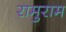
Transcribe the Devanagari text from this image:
रामुराम